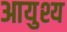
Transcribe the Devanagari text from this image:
आयुश्य